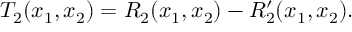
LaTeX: T _ { 2 } ( x _ { 1 } , x _ { 2 } ) = R _ { 2 } ( x _ { 1 } , x _ { 2 } ) - R _ { 2 } ^ { \prime } ( x _ { 1 } , x _ { 2 } ) .